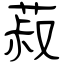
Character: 菽